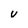
Character: V